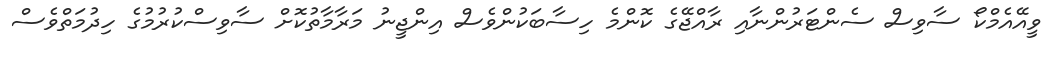
ވީއޭއެމްކޯ ސާވިސް ސެންޓަރުންނާއި ރާއްޖޭގެ ކޮންމެ ހިސާބަކުންވެސް އިންޖީނު މަރާމާތުކޮށް ސާވިސްކުރުމުގެ ހިދުމަތްވެސް